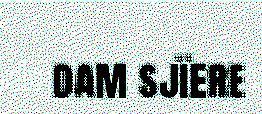
dam sjïere